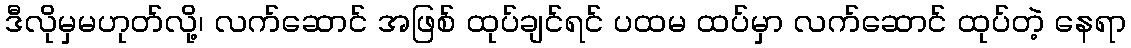
ဒီလိုမှမဟုတ်လို့၊ လက်ဆောင် အဖြစ် ထုပ်ချင်ရင် ပထမ ထပ်မှာ လက်ဆောင် ထုပ်တဲ့ နေရာ